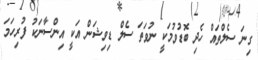
ގިނަ ސެލްތައް ހެދި ބޮޑުވުމަކީ ނުވަތަ ސެލް ޑިވިޝަން އަކީ އިންސާނަކު ފުރިހަމަ